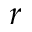
r